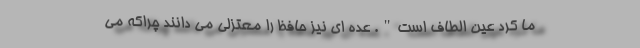
ما کرد عین الطاف است". عده ای نیز حافظ را معتزلی می دانند چراکه می